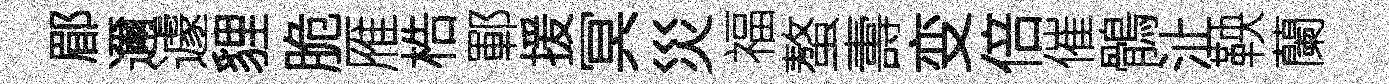
郿邇遽貍脆雁梏鄆援冥災福螯夀变倍催鶻沚鞅蘭